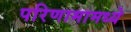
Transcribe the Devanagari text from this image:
परिणामामध्ये